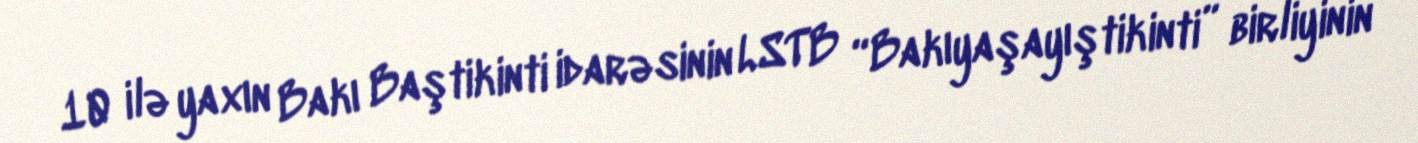
10 ilə yaxın Bakı Baştikinti idarəsinin LSTB “Bakıyaşayıştikinti” birliyinin